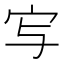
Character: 㝍